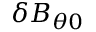
\delta B _ { \theta 0 }